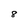
Character: 8